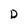
Character: D